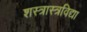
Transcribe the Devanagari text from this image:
शस्त्रास्त्रविद्या